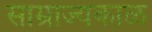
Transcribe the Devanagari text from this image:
साम्राज्यकाळ